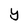
Character: y